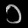
Digit: ၁